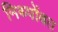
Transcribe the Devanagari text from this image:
मिथ्पोंबत